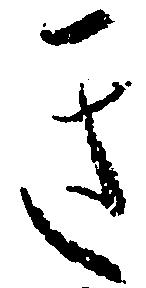
き